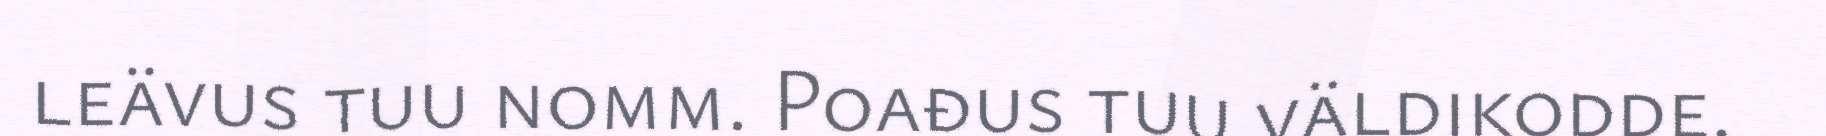
leävus tuu nomm. Poađus tuu väldikodde.